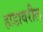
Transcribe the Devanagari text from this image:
हाडावरील